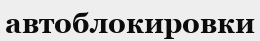
автоблокировки